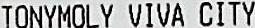
TONYMOLY VIVA CITY